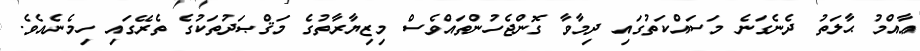
ޢާއްމު ޙާލަތު ދެނެގަނެ މަސައްކަތުގައި ދިމާވާ ގޮންޖެހުންތައްވެސް މިޒިޔާރާތުގެ މަޤްޞަދުތަކުގެ ތެރޭގައި ހިމެނެއެވެ.